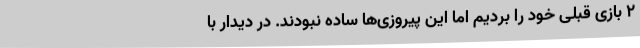
2 بازی قبلی خود را بردیم اما این پیروزی‌ها ساده نبودند. در دیدار با